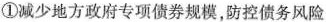
①减少地方政府专项债券规模，防控债务风险